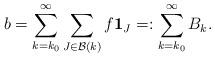
LaTeX: \begin{align*}b = \sum_{k=k_0} ^{\infty } \sum_{J\in \mathcal B (k)} f \mathbf 1_{J} =: \sum_{k=k_0} ^{\infty } B_k . \end{align*}